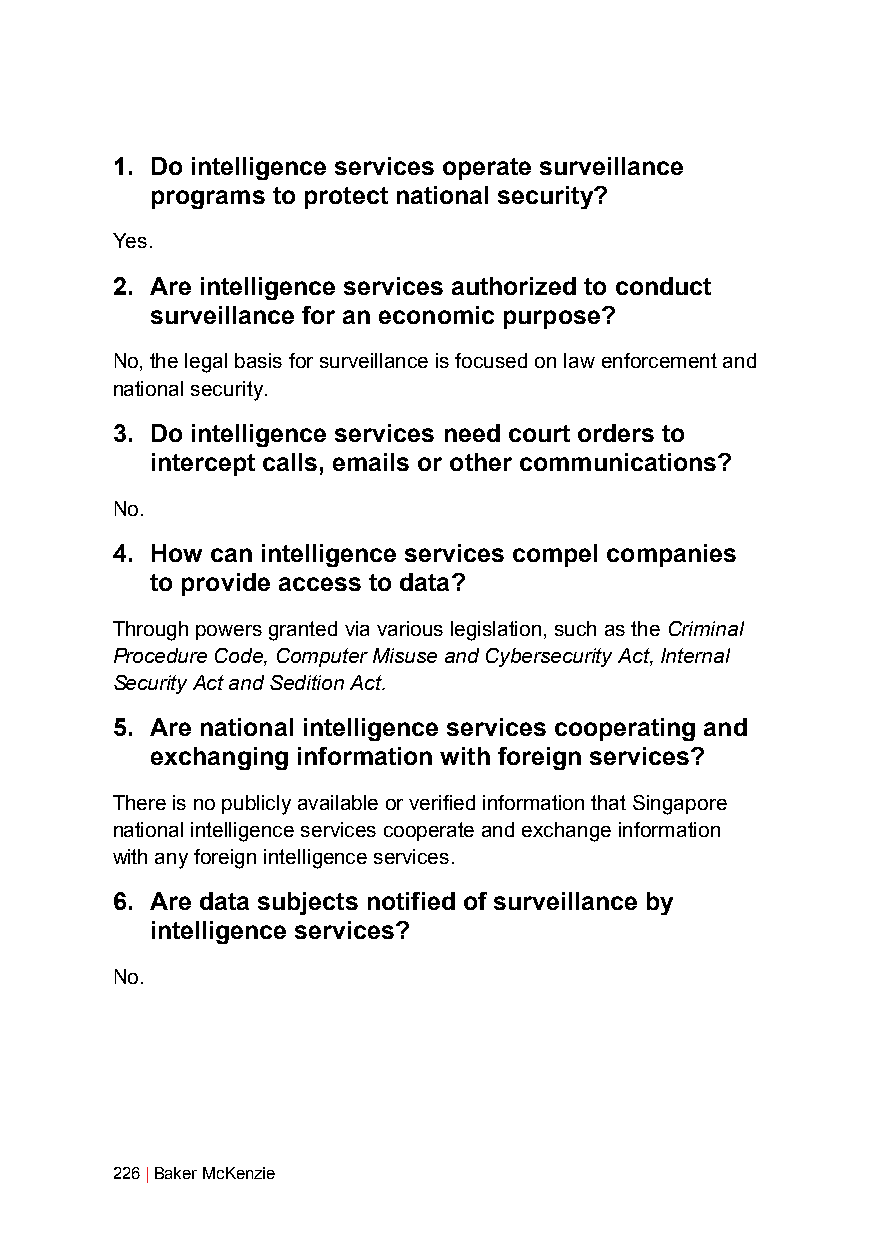
1. Do intelligence services operate surveillance
 programs to protect national security?
 Yes.
 2. Are intelligence services authorized to conduct
 surveillance for an economic purpose?
 No, the legal basis for surveillance is focused on law enforcement and
 national security.
 3. Do intelligence services need court orders to
 intercept calls, emails or other communications?
 No.
 4. How can intelligence services compel companies
 to provide access to data?
 Through powers granted via various legislation, such as the Criminal
 Procedure Code, Computer Misuse and Cybersecurity Act, Internal
 Security Act and Sedition Act.
 5. Are national intelligence services cooperating and
 exchanging information with foreign services?
 There is no publicly available or verified information that Singapore
 national intelligence services cooperate and exchange information
 with any foreign intelligence services.
 6. Are data subjects notified of surveillance by
 intelligence services?
 No.
 226 | Baker McKenzie